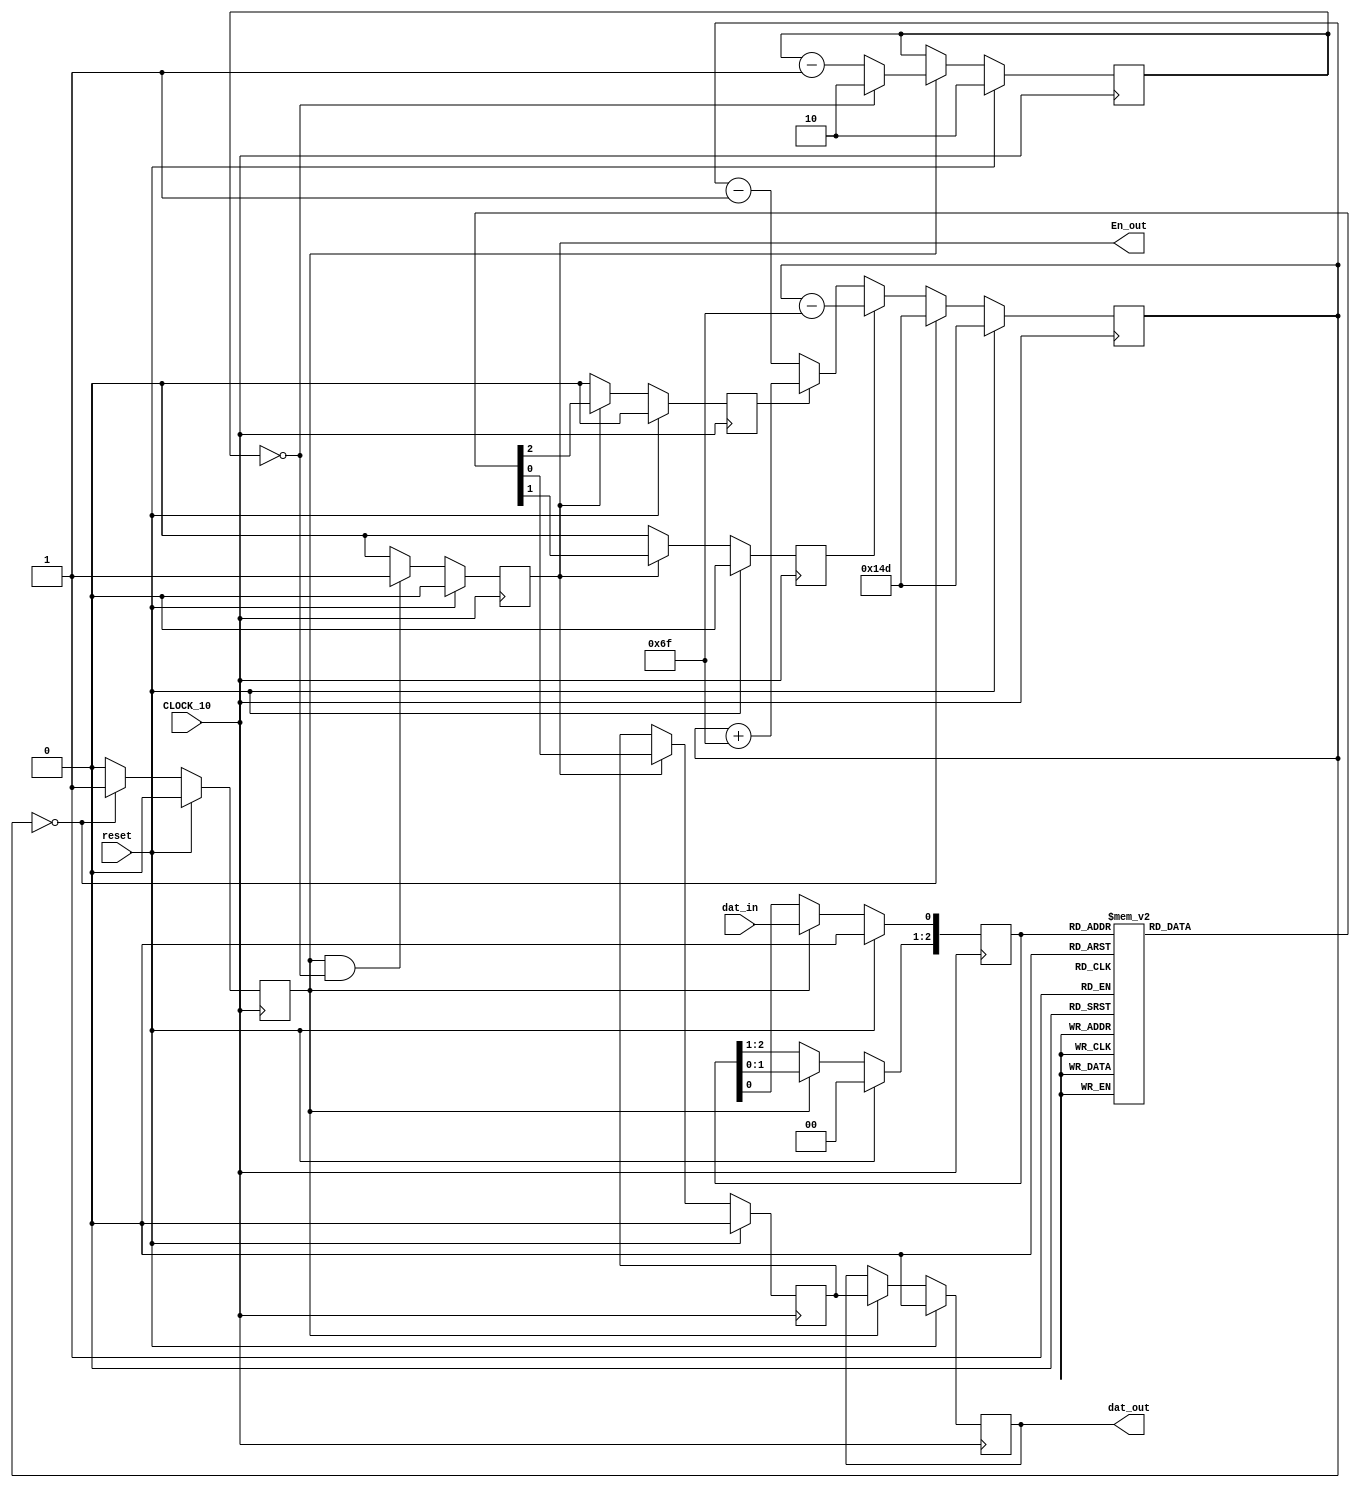
module CDR_BT (input CLOCK_10, dat_in, reset,
					output dat_out, En_out
					);
		

////////////Normal En signal////////////		
reg [9:0] ckcnt;
reg N_en;
always @(posedge CLOCK_10)
begin
	if(reset)
	begin
		N_en<=1'b0;
		ckcnt<=10'd0;
	end
	
	else
	begin
		if(ckcnt==10'd999)
		begin
			N_en<=1'b1;
			ckcnt<=10'b0;
		end
		else
		begin
			ckcnt<=ckcnt+10'd1;
			N_en<=1'b0;
		end
	end
end
					
////////////Sub En signal////////////
reg [9:0] Cnt_Sam;
reg S_en;
always @(posedge CLOCK_10)
begin
	if(reset)
	begin
		Cnt_Sam<=10'd333;
		S_en<=1'b0;
	end
	
	else
	begin	
		
		if(Cnt_Sam==10'd0)
		begin
			S_en <=1'b1;
			Cnt_Sam <= 10'd333;
//			Cnt_Sam <= (Up) ? 5'd14 : (Down) ? 5'd16 : 5'd15;
		end
		else
		begin
			S_en<=1'b0;
			Cnt_Sam <= (Up) ? Cnt_Sam - 10'd111 : (Down) ? Cnt_Sam + 10'd111 : Cnt_Sam - 10'd1;
//			Cnt_Sam<=Cnt_Sam-5'd1;
		end
	end
end

//////////data Sampling///////////
reg [2:0] dat_Sam;
always @(posedge CLOCK_10)
begin
	if(reset)
		dat_Sam<=3'd0;
	
	else
	begin
		if(S_en)
		begin
		dat_Sam[2:1] <= dat_Sam[1:0];
		dat_Sam[0] <= dat_in;
		end
	end
end

//////////Sub En numbering///////////
reg	[1:0]	Cnt_En;
always @(posedge CLOCK_10)
begin
	if (reset)
		Cnt_En <= 2'd2;
	else
	begin
		if (S_en)
		begin
			if (Cnt_En == 2'd0)
				Cnt_En <= 2'd2;
			else
				Cnt_En <= Cnt_En - 2'd1;
		end
	end
end

//////////Final En signal////////////
reg D_en;
always @(posedge CLOCK_10)
begin
	if (reset)
		D_en <= 1'd0;
	else
		if (S_en == 1'b1 && Cnt_En == 2'd0)
			D_en <= 1'd1;
		else
			D_en <= 1'd0;
end




////////////majority voting///////////////
reg Up, Down;
reg	majorData1;

always @(posedge CLOCK_10)
begin
		if (reset)
		begin
			majorData1 <= 1'b0;
			Up <= 1'b0;
			Down <= 1'b0;
		end
		else
		begin
			if (D_en)
			begin
				case (dat_Sam)
				3'b000: begin
					majorData1 <= 1'b0;
					Up <= 1'b0;
					Down <= 1'b0;
					end
				3'b001: begin
					majorData1 <= 1'b0;
					Up <= 1'b1;
					Down <= 1'b0;
					end
				3'b010: begin
					majorData1 <= 1'b0; //
					Up <= 1'b0;
					Down <= 1'b0;
					end
				3'b011: begin
					majorData1 <= 1'b1;
					Up <= 1'b0;
					Down <= 1'b1;
					end
				3'b100: begin
					majorData1 <= 1'b0;
					Up <= 1'b0;
					Down <= 1'b1;
					end
				3'b101: begin
					majorData1 <= 1'b1; //
					Up <= 1'b0;
					Down <= 1'b0;
					end
				3'b110: begin
					majorData1 <= 1'b1;
					Up <= 1'b1;
					Down <= 1'b0;
					end
				3'b111: begin
					majorData1 <= 1'b1;
					Up <= 1'b0;
					Down <= 1'b0;
					end
				endcase

			end
			else
			begin
					majorData1 <= majorData1;
					Up <= 1'b0;
					Down <= 1'b0;
			end
				
		end

end

reg majorData;

assign dat_out = majorData;
assign En_out =  D_en;

always @(posedge CLOCK_10)
begin
	if (reset)
	begin 
		majorData <= 1'b0;
	end
	else
	begin
		if (S_en)
			majorData <= majorData1;
		
	end
end

endmodule